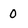
Character: 0